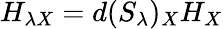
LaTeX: H_{\lambda X}=d(S_{\lambda})_{X}H_{X}